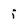
Character: f